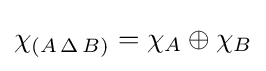
\chi _{(A\,\Delta \,B)}=\chi _{A}\oplus \chi _{B}